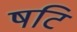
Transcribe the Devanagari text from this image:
षटि